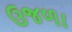
ઉજળા